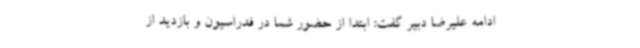
ادامه علیرضا دبیر گفت: ابتدا از حضور شما در فدراسیون و بازدید از